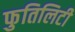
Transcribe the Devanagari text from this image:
फुतिलिटी